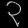
Digit: ၃